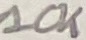
Text: 10K